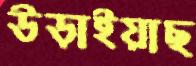
উড়াইয়াছ